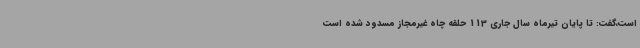
است،گفت: تا پایان تیرماه سال جاری 113 حلقه چاه غیرمجاز مسدود شده است